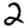
Digit: 2